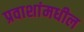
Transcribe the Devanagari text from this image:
प्रवाशांमधील